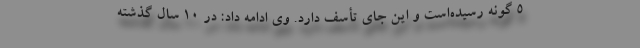
۵ گونه رسیده‌است و این جای تأسف دارد. وی ادامه داد: در ۱۰ سال گذشته